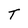
Character: T